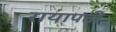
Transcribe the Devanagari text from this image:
रायापती